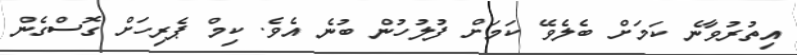
އިތުރުވާނެ ކަމަށް ބެލެވޭ ކަމަށް ފުލުހުން ބުނެ އެވެ. ކިމް ޕެރިހަށް ގޮސްގެން